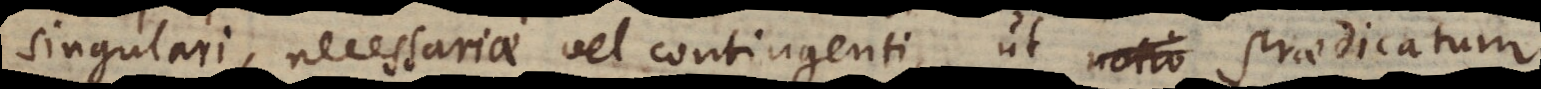
singulari, necessariae vel contingenti, ut notio praedicatum